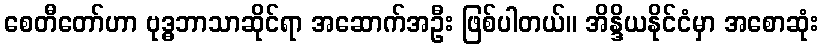
စေတီတော်ဟာ ဗုဒ္ဓဘာသာဆိုင်ရာ အဆောက်အဦး ဖြစ်ပါတယ်။ အိန္ဒိယနိုင်ငံမှာ အစောဆုံး